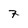
Character: 7